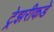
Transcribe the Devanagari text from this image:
ट्रेझरीकडे